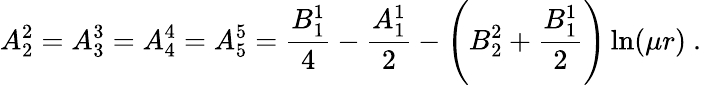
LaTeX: A_{2}^{2}=A_{3}^{3}=A_{4}^{4}=A_{5}^{5}=\frac{B_{1}^{1}}4-\frac{A_{1}^{1}}2-\left(B_{2}^{2}+\frac{B_{1}^{1}}2\right)\ln(\mu r)\ .